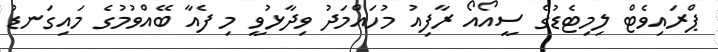
ޕްރައިވެޓް ލިމިޓެޑުގެ ސީއޯއޯ ރާފިއު މުހައްމަދު ވިދާޅުވީ މި ފެއާ ބޭއްވުމުގެ މައިގަނޑު